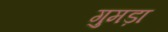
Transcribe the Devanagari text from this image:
गुमड़ा